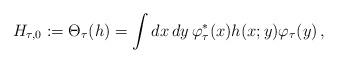
LaTeX: \begin{align*}H_{\tau,0} := \Theta_\tau(h) = \int dx\,dy\,\varphi_\tau^*(x)h(x;y)\varphi_\tau(y)\,,\end{align*}